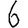
Digit: 6